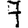
Digit: 7